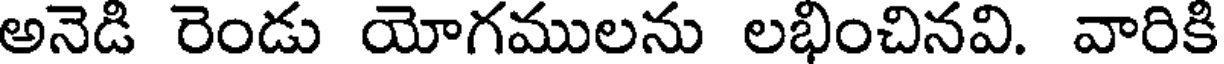
అనెడి రెండు యోగములను లభించినవి. వారికి